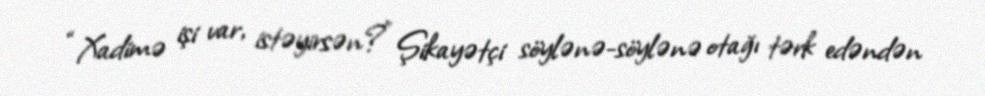
“Xadimə işi var, istəyirsən?” Şikayətçi söylənə-söylənə otağı tərk edəndən